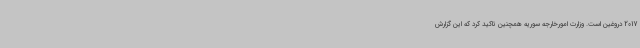
2017 دروغین است. وزارت امورخارجه سوریه همچنین تاکید کرد که این گزارش